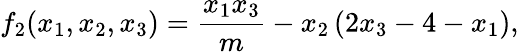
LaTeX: f_{2}(x_{1},x_{2},x_{3})=\frac{x_{1}x_{3}}{m}-x_{2}\left(2x_{3}-4-x_{1}\right),